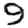
Digit: 9